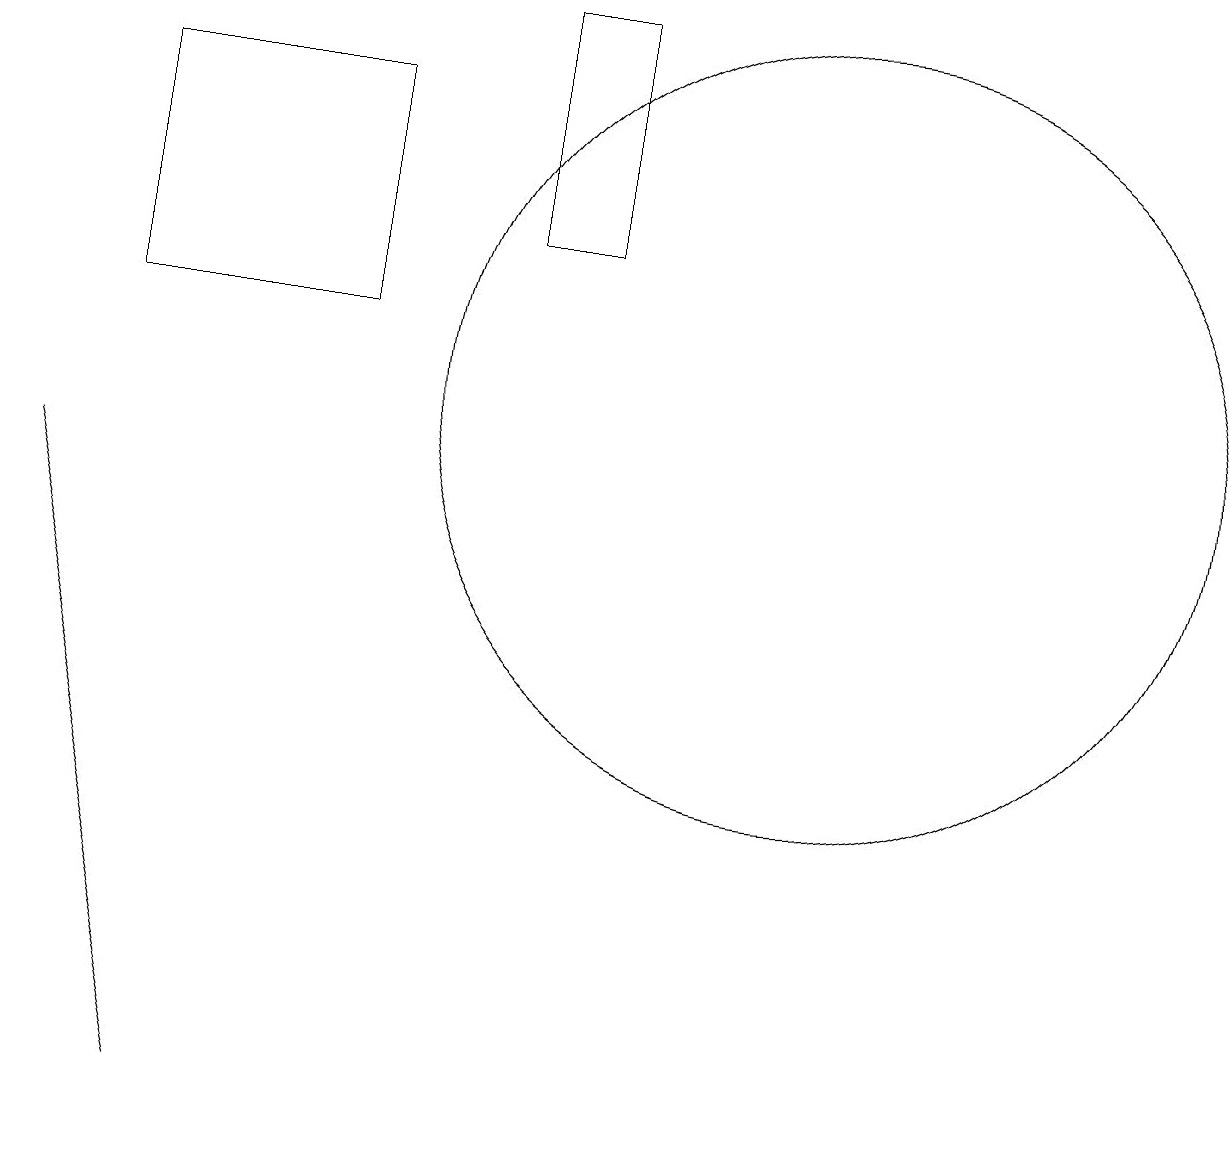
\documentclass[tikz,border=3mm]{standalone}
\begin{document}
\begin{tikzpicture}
\draw (3,1) -- (2,5) -- (1,9) -- cycle;
\draw (2,14) rectangle (5,11);
\draw (8,15) rectangle (7,12);
\draw (11,10) circle (5);
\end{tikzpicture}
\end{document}